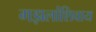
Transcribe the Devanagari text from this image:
गझलांशिवाय